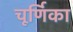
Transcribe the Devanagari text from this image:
चूर्णिका